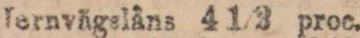
Jernvägslåns 4 1/2 proc.